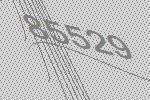
85529